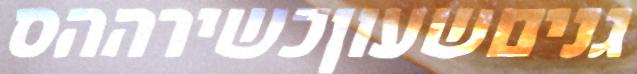
גניםשעוןכשירההס